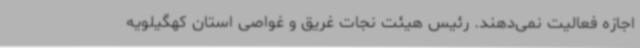
اجازه فعالیت نمی‌دهند. رئیس هیئت نجات غریق و غواصی استان کهگیلویه